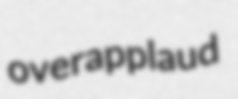
overapplaud